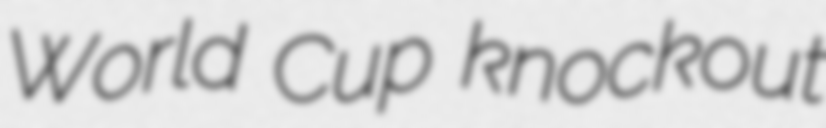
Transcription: World Cup knockout